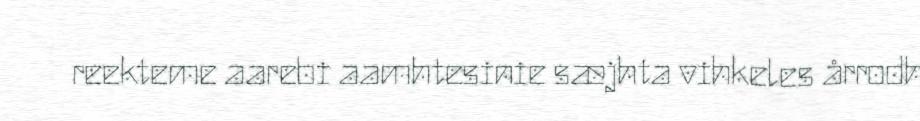
reekteme aarebi aamhtesinie sæjhta vihkeles årrodh